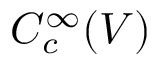
C _ { c } ^ { \infty } ( V )